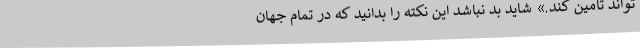
‌تواند تامین کند.» شاید بد نباشد این نکته را بدانید که در تمام جهان